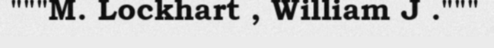
"""M. Lockhart , William J ."""